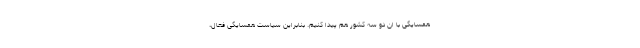
همسایگی با ان دو سه کشور هم پیدا کنیم. بنابراین سیاست همسایگی فعال،